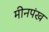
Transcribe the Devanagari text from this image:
मीनपंख